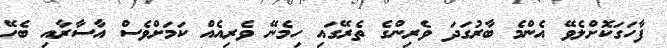
ފާހަގަކޮށްލެވޭ އެންމެ ބާރުގަދަ ވެރިންގެ ތެރޭގައި ހިމެނޭ ވެރިއެއް ކަމަށްވެސް އާސާރާއި ބެހޭ